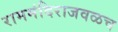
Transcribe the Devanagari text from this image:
राममंदिराजवळच